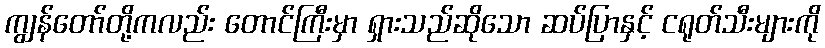
ကျွန်တော်တို့ကလည်း တောင်ကြီးမှာ ရှားသည်ဆိုသော ဆပ်ပြာနှင့် ငရုတ်သီးများကို